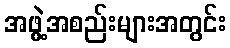
အဖွဲ့အစည်းများအတွင်း